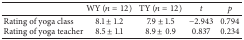
<table><thead><tr><td><b> </b></td><td><b>WY (<i>n</i> = 12)</b></td><td><b>TY (<i>n</i> = 12)</b></td><td><b><i>t</i></b></td><td><b><i>p </i></b></td></tr></thead><tbody><tr><td>Rating of yoga class</td><td>8.1 ± 1.2</td><td>7.9 ± 1.5</td><td>−2.943</td><td>0.794</td></tr><tr><td>Rating of yoga teacher</td><td>8.5 ± 1.1</td><td>8.9 ± 0.9</td><td> 0.837</td><td>0.234</td></tr></tbody></table>